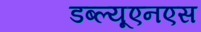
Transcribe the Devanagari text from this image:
डब्ल्यूएनएस